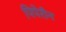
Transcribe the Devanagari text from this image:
पिपेरीन